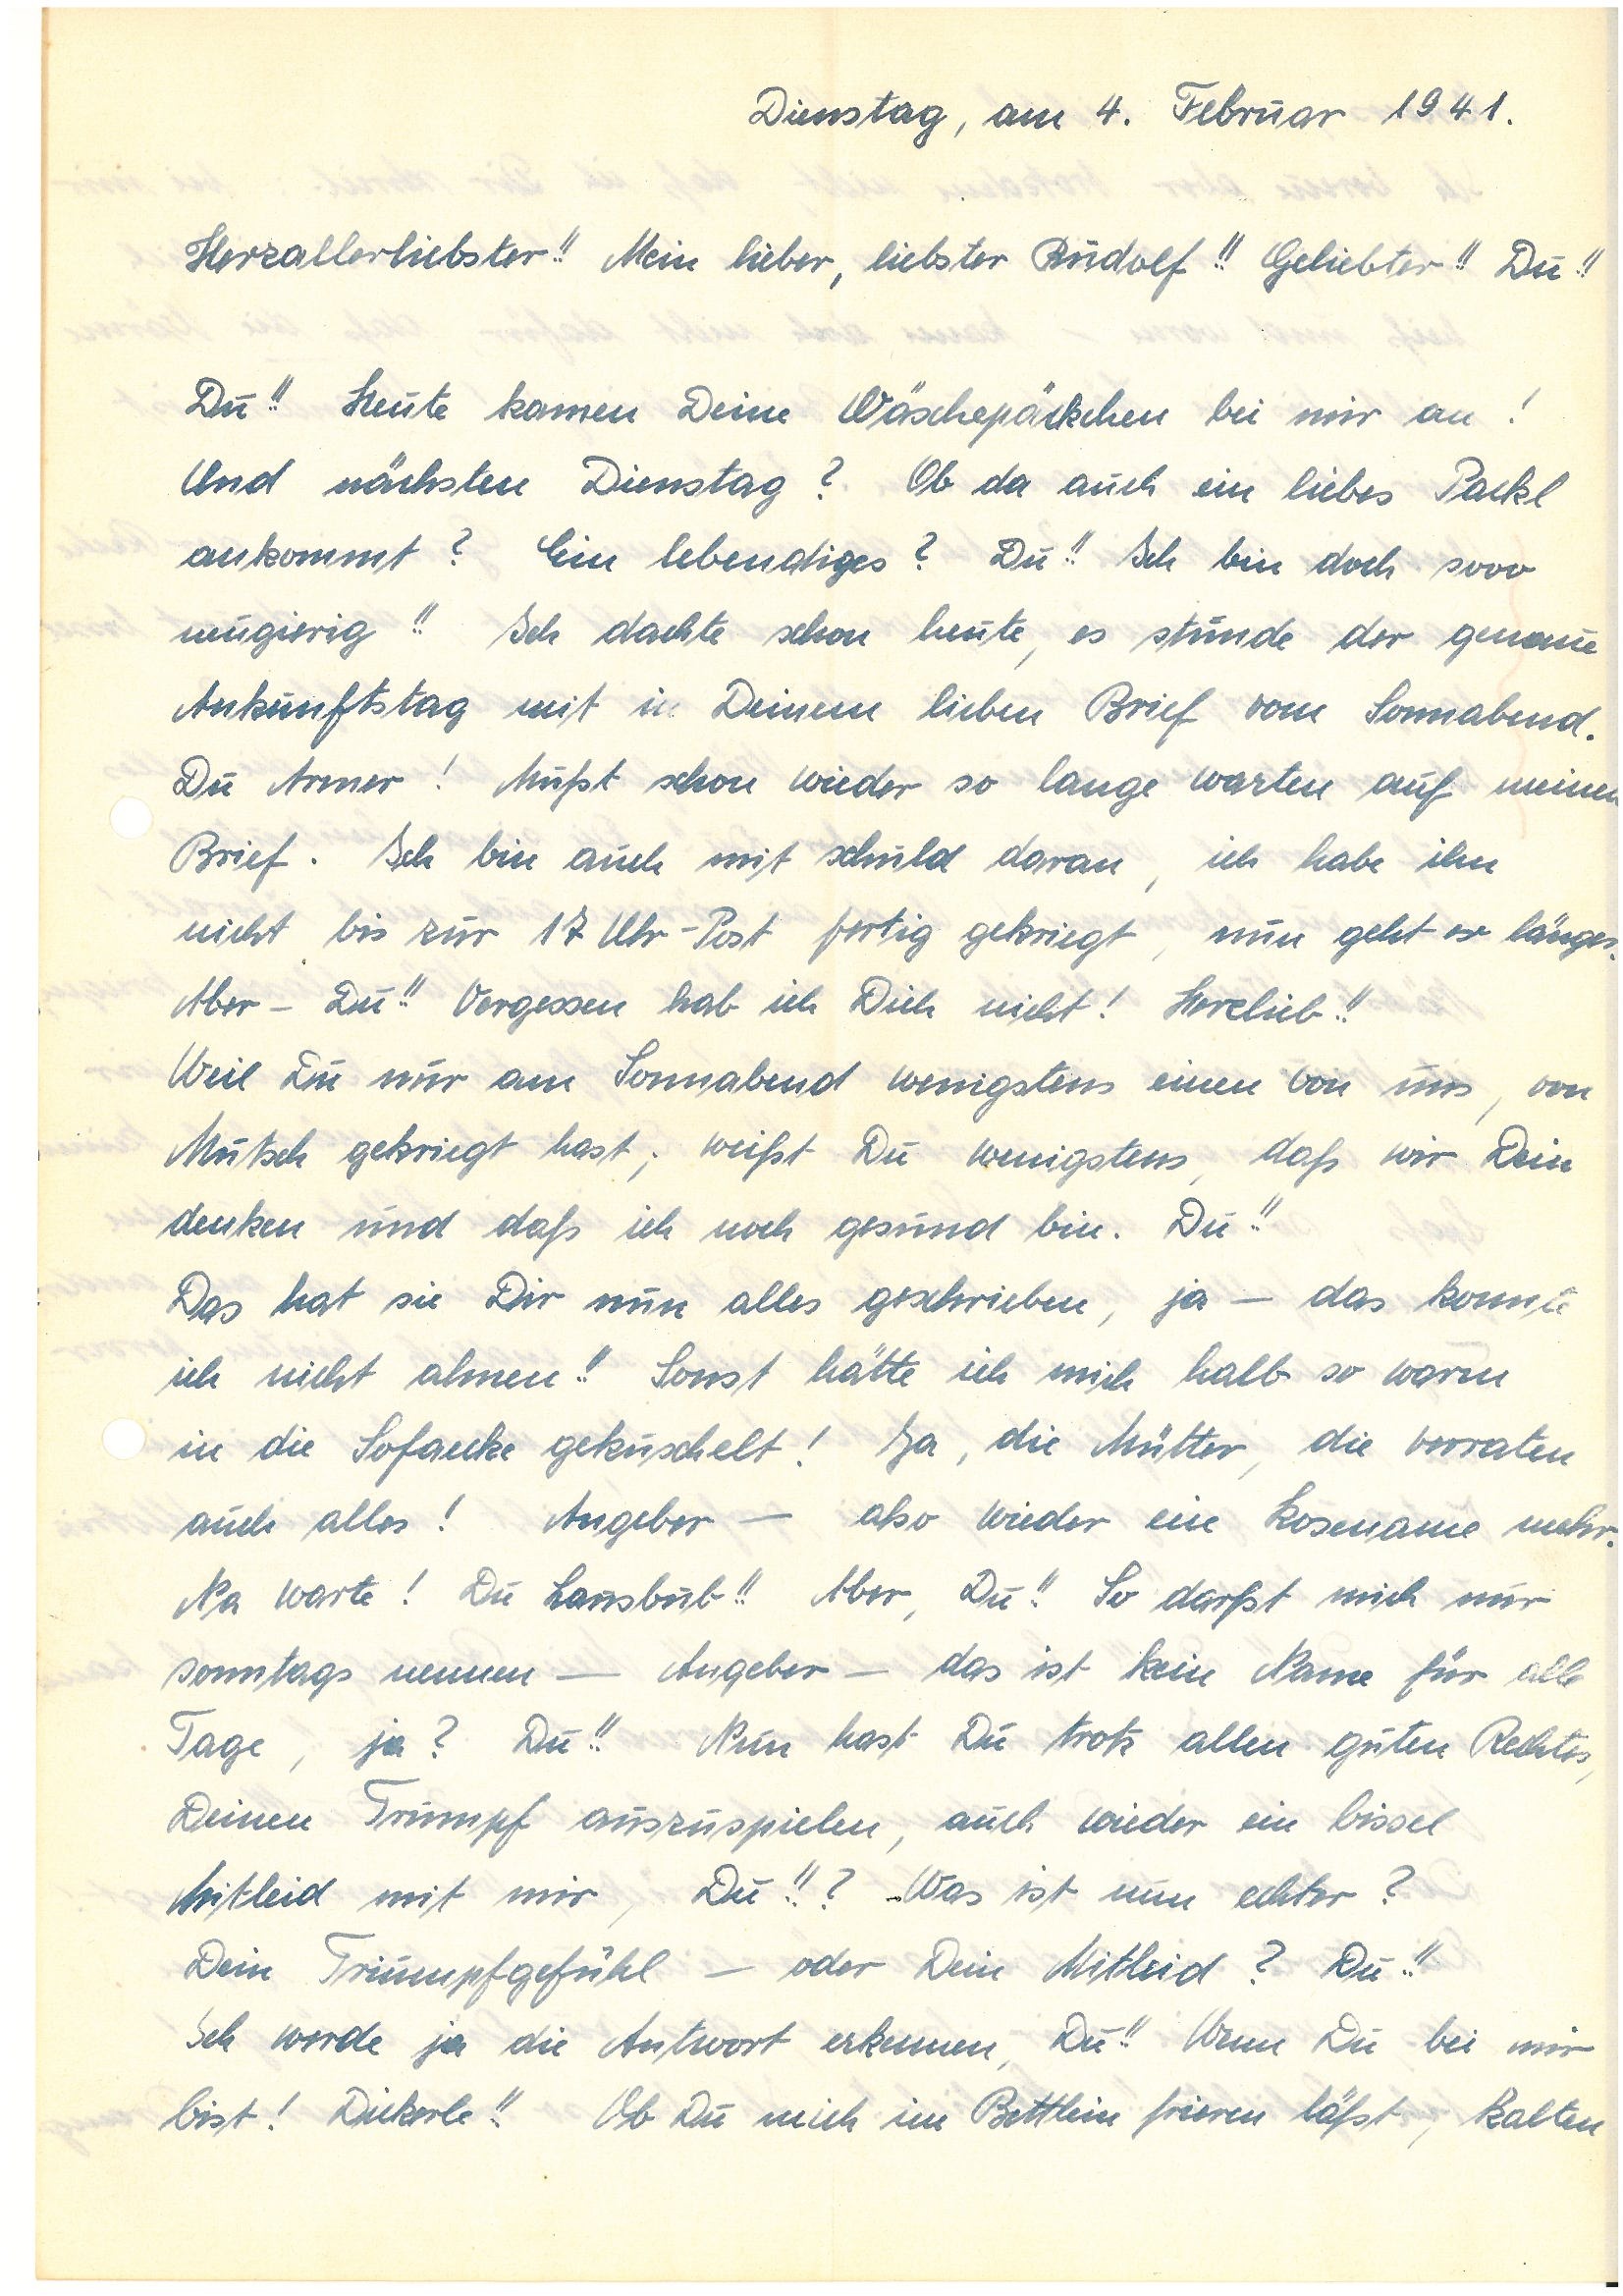
Dienstag, am 4. Februar  1941.
Herzallerliebster!! Mein !!! Mein lieber, liebster !! Geliebter!! Du!!
Du!! Heute kamen Deine Wäschepäckchen bei mir an!
Und nächsten Dienstag? Ob da auch ein liebes Packl
ankommt? Ein lebendiges? Du!! Ich bin doch sooo
neugierig!! Ich dachte schon heute, es stünde der genaue
Ankunftstag mit in Deinem lieben Brief vom Sonnabend.
Du Armer! Mußt schon wieder so lange warten auf meinen
Brief. Ich bin auch mit schuld daran, ich habe ihn
nicht bis zur 17 Uhr-Post fertig gekriegt, nun geht er länger.
Aber – Du!! Vergessen hab ich Dich nicht! Herzlieb!!
Weil Du nur am Sonnabend wenigstens einen von uns, von
Mutsch gekriegt hast; weißt Du wenigstens, daß wir Dein
denken und daß ich noch gesund bin. Du!!
Das hat sie Dir nun alles geschrieben, ja – das konnte
ich nicht ahnen!! Sonst hätte ich mich halb so warm
in die Sofaecke gekuschelt! Ja, die Mütter, die verraten
auch alles! Angeber – also wieder ein Kosename mehr.
Na warte! Du Lausbub!! Aber, Du!! So darfst mich nur
sonntags nennen – Angeber – das ist kein Name für alle
Tage, ja? Du!! Nun hast Du trotz allem guten Rechtes,
Deinen Trumpf auszuspielen, auch wieder ein bissel
Mitleid mit mir, Du!!? Was ist nun echter?
Dein Triumpfgefühl – oder Dein Mitleid? Du!!
Ich werde ja die Antwort erkennen, Du!! Wenn Du bei mir
bist! Dickerle!! Ob Du mich im Bettlein frieren läßt, kalten